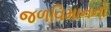
જળવિમાનનો